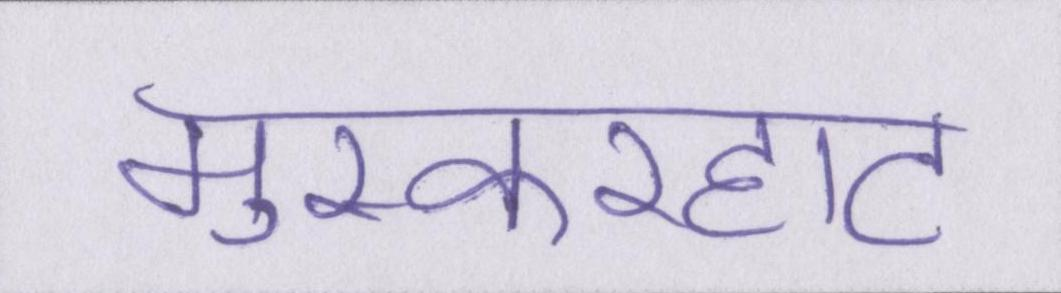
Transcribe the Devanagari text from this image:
मुस्करहाट